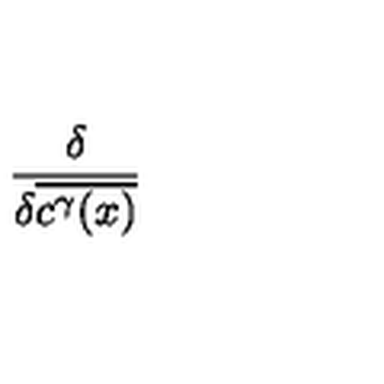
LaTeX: \frac { \delta } { \delta \overline { { c ^ { \gamma } ( x ) } } }